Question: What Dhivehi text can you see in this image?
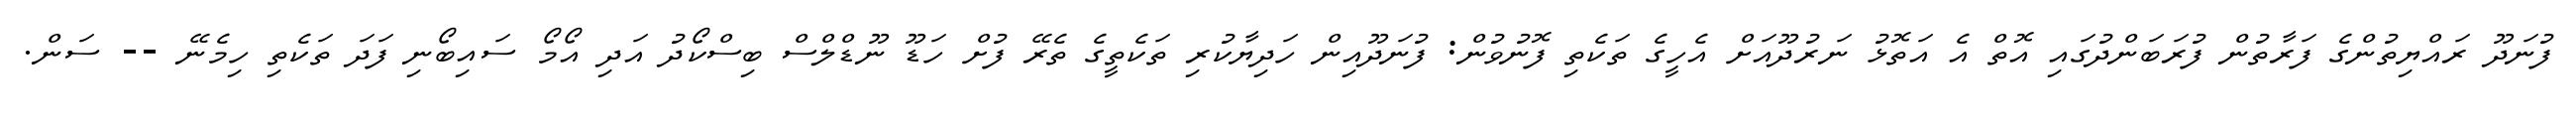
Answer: ފުނަދޫ ރައްޔިތުންގެ ފަރާތުން ފުރަބަންދުގައި އޮތް އެ އަތޮޅު ނަރުދޫއަށް އެހީގެ ތަކެތި ފޮނުވުން: ފުނަދޫއިން ހަދިޔާކުރި ތަކެތީގެ ތެރޭ ފުށް ހަޑޫ ނޫޑްލްސް ބިސްކޯދު އަދި އޯމޯ ސައިބޯނި ފަދަ ތަކެތި ހިމެނޭ -- ސަން.